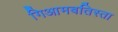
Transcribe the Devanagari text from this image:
गिआमबतिस्ता